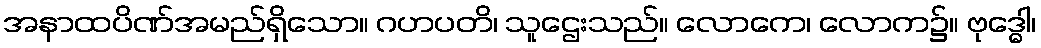
အနာထပိဏ်အမည်ရှိသော။ ဂဟပတိ၊ သူဌေးသည်။ လောကေ၊ လောက၌။ ဗုဒ္ဓေါ၊